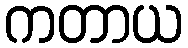
ကတာယ